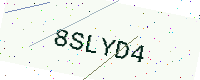
Text: 8SLYD4